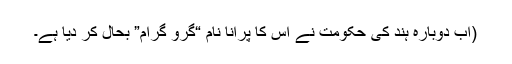
(اب دوبارہ ہند کی حکومت نے اس کا پرانا نام “گرو گرام” بحال کر دیا ہے۔